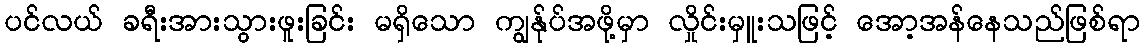
ပင်လယ် ခရီးအားသွားဖူးခြင်း မရှိသော ကျွန်ုပ်အဖို့မှာ လှိုင်းမှူးသဖြင့် အော့အန်နေသည်ဖြစ်ရာ